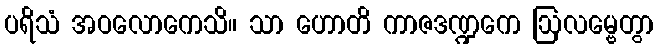
ပရိသံ အဝလောကေသိ။ သာ ဟောတိ ကာဇဒဏ္ဍကေ ဩလမ္ဗေတွာ